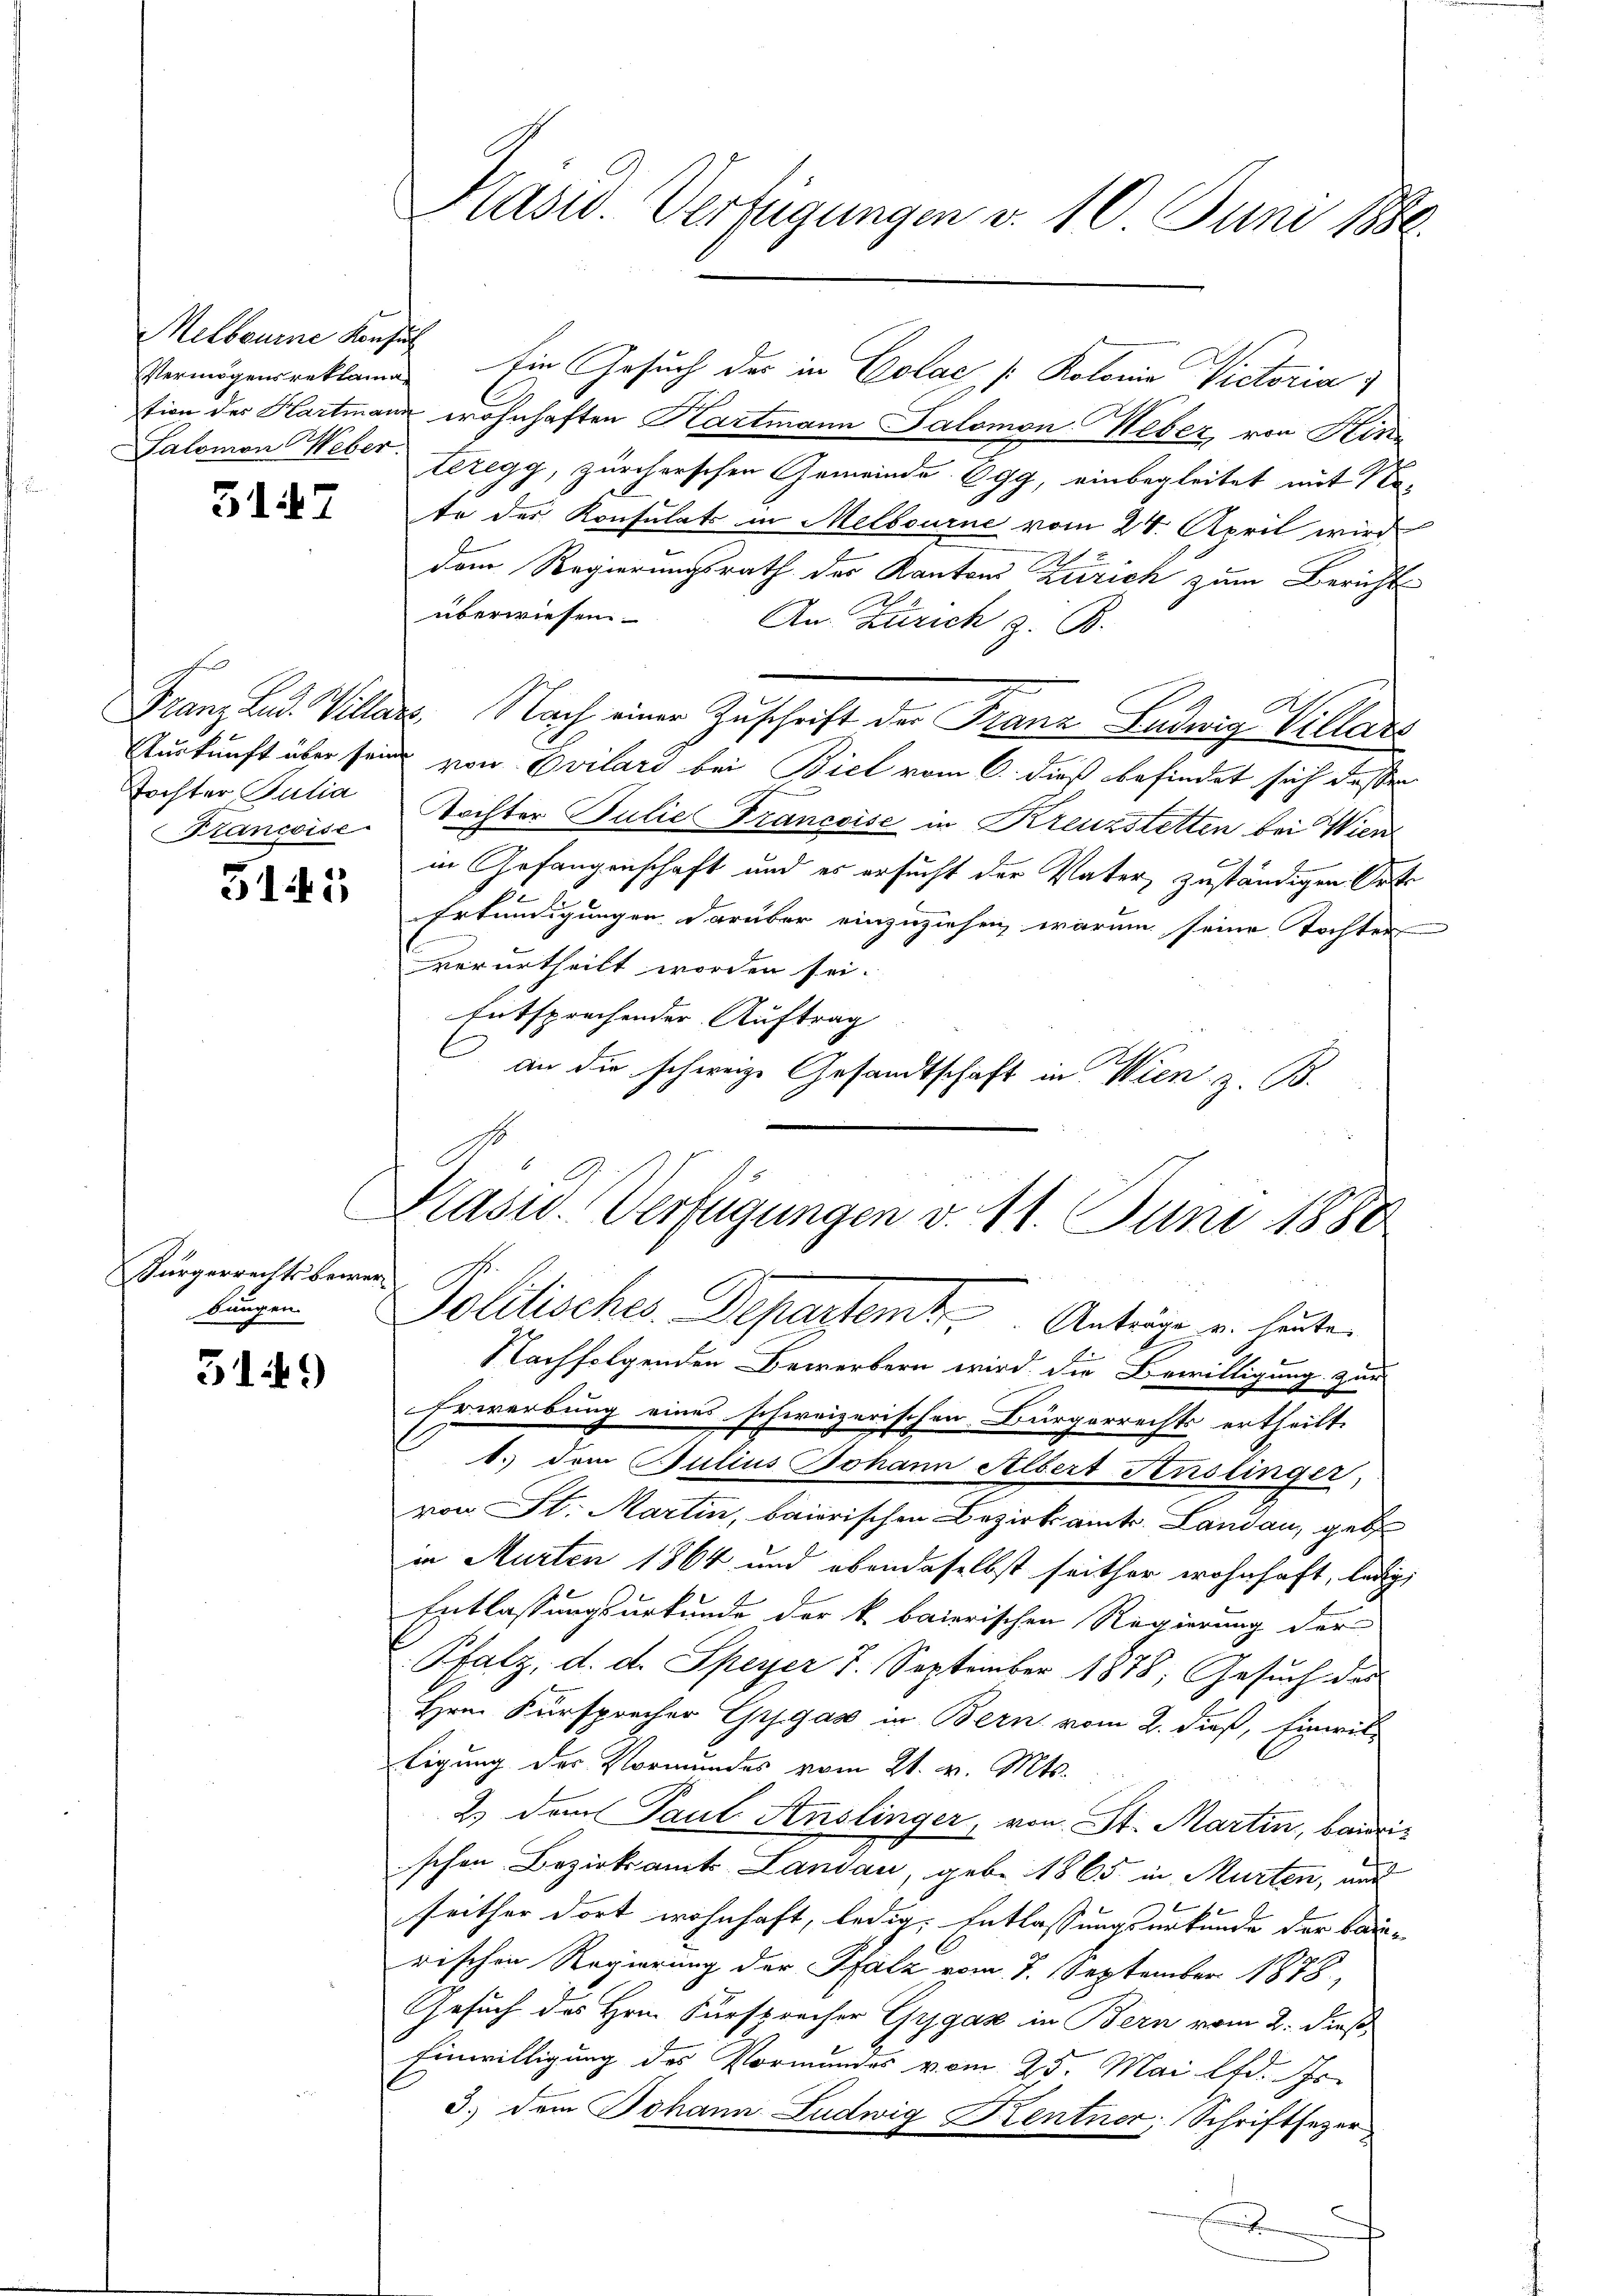
Melbourne Konsul
Salomon Weber.

5147

Tochter Julia
Francoise.

3145

Bürgerrechtsbewei
bungen

3149)

Vermögensreklame Ein Gesuch der in Colac / Kolonia Victoria
tion des Hartmann wohnhaften Kartmann Salomon Heber, von Hinteregg, zürcherschen Gemeinde Egg, einbegleitet mit No-
te der Konsulats in Melbourne vom 24. April wird
dem Regierungsrath der Kantons Zürich zum Bericht
überwiesen.
An Zürich z. B.
Franz Lad. Villars. Nach einer Zuschrift der Franz Ludwig Vellars
Aurkunft über seine von Evilard bei Biel vom 6. dieß befindet sich dessen
Tochter Julie Francoise in Kreuzstetten bei Wien
in Gefangenschaft und es ersucht der Vater, zuständigen Orts
Erkundigungen darüber einzuziehen, warum seine Tochten
verurtheilt worden sei.
Entsprechender Auftrag
an die schweize Gesandtschaft in Wien, z. B.

Kasid. Verfügungen d. 10 Juni 1886.

Präsid. Verfügungen v. 11. Juni 1880
.
Politisches Departeme.   Anträge u. heute.

Nachfolgenden Bewerbern wird die Bewilligung zur
Erwerbung eines schweizerischen Bürgerrechts ertheilt.
1. dem Julius Johann Albert Henslinger,
von St. Martin, baierischen Bezirksamts. Landau, gebe
in Murten 1864 und ebendaselbst seither wohnhaft, ledigi
Entlassungsurkunde der k. baierischen Regierung der
Pfalz, d. d. Speyer 7. September 1878; Gesuch des
Hrn. Fürsprecher Grgas in Bern vom 2. dieß, Einwiltigung des Vormundes vom 21. v. Mts.
2) dem Taut Anslinger, von St. Martin, baurischen Bezirksamts Landau, gebe 1865 in Murten, aus
seither dort wohnhaft, ledig: Entlassungsurkunde der Bau- |
rischen Regierung der Pfalz vom 7. September 1878,
Gesuch des Hrn. Fürsprecher Gygaz in Bern vom 2. dieß
Einwilligung des Vormundes vom 25. Mai lfd. Js.
3.) dem Johann Ludwig Kentner, Schriftsezer
t